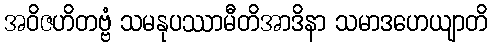
အဝိဇဟိတဗ္ဗံ သမနုပဿာမီတိအာဒိနာ သမာဒဟေယျာတိ